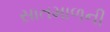
સાતમાળની